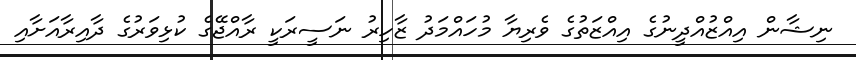
ނިޝާން އިއްޒުއްދީނުގެ އިއްޒަތުގެ ވެރިޔާ މުހައްމަދު ޒާހިރު ނަސީރަކީ ރާއްޖޭގެ ކުޅިވަރުގެ ދާއިރާއަށާއި